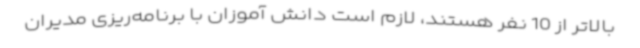
بالاتر از 10 نفر هستند، لازم است دانش آموزان با برنامه‌ریزی مدیران